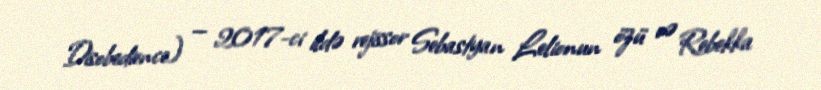
Disobedience) — 2017-ci ildə rejissor Sebastyan Lelionun özü və Rebekka